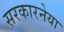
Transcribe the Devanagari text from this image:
सरकारनेया